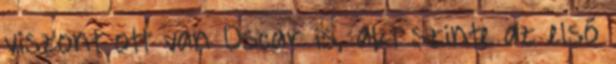
viszont ott van Oscar is, aki szinte az első